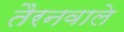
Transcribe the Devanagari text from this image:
तैरनवाले